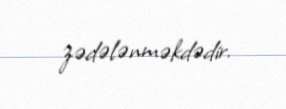
zədələnməkdədir.